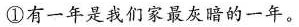
①有一年是我们家最灰暗的一年。